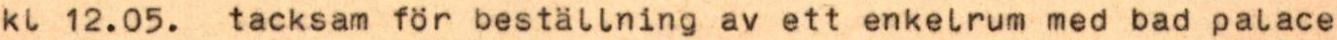
kl 12.05. tacksam för beställning av ett enkelrum med bad palace